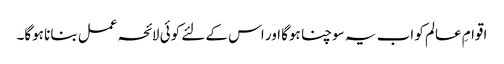
اقوامِ عالم کو اب یہ سوچنا ہوگا اور اس کے لئے کوئی لائحہ عمل بنانا ہوگا۔